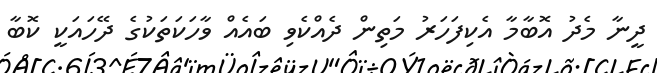
ދީނާ މެދު އޮބާމާ އެކިފަހަރު މަތިން ދެއްކެވި ބައެއް ވާހަކަތަކުގެ ދޭހައަކީ ކޮބާ